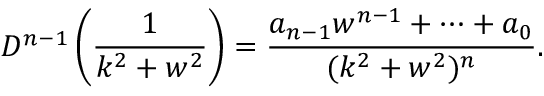
D ^ { n - 1 } \left( \frac { 1 } { k ^ { 2 } + w ^ { 2 } } \right) = \frac { a _ { n - 1 } w ^ { n - 1 } + \dots + a _ { 0 } } { ( k ^ { 2 } + w ^ { 2 } ) ^ { n } } .